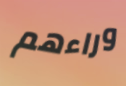
وراءهم